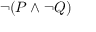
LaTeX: \neg ( P \land \neg Q )